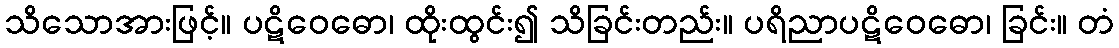
သိသောအားဖြင့်။ ပဋိဝေဓော၊ ထိုးထွင်း၍ သိခြင်းတည်း။ ပရိညာပဋိဝေဓော၊ ခြင်း။ တံ